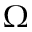
\Omega